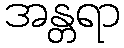
အန္တရာ